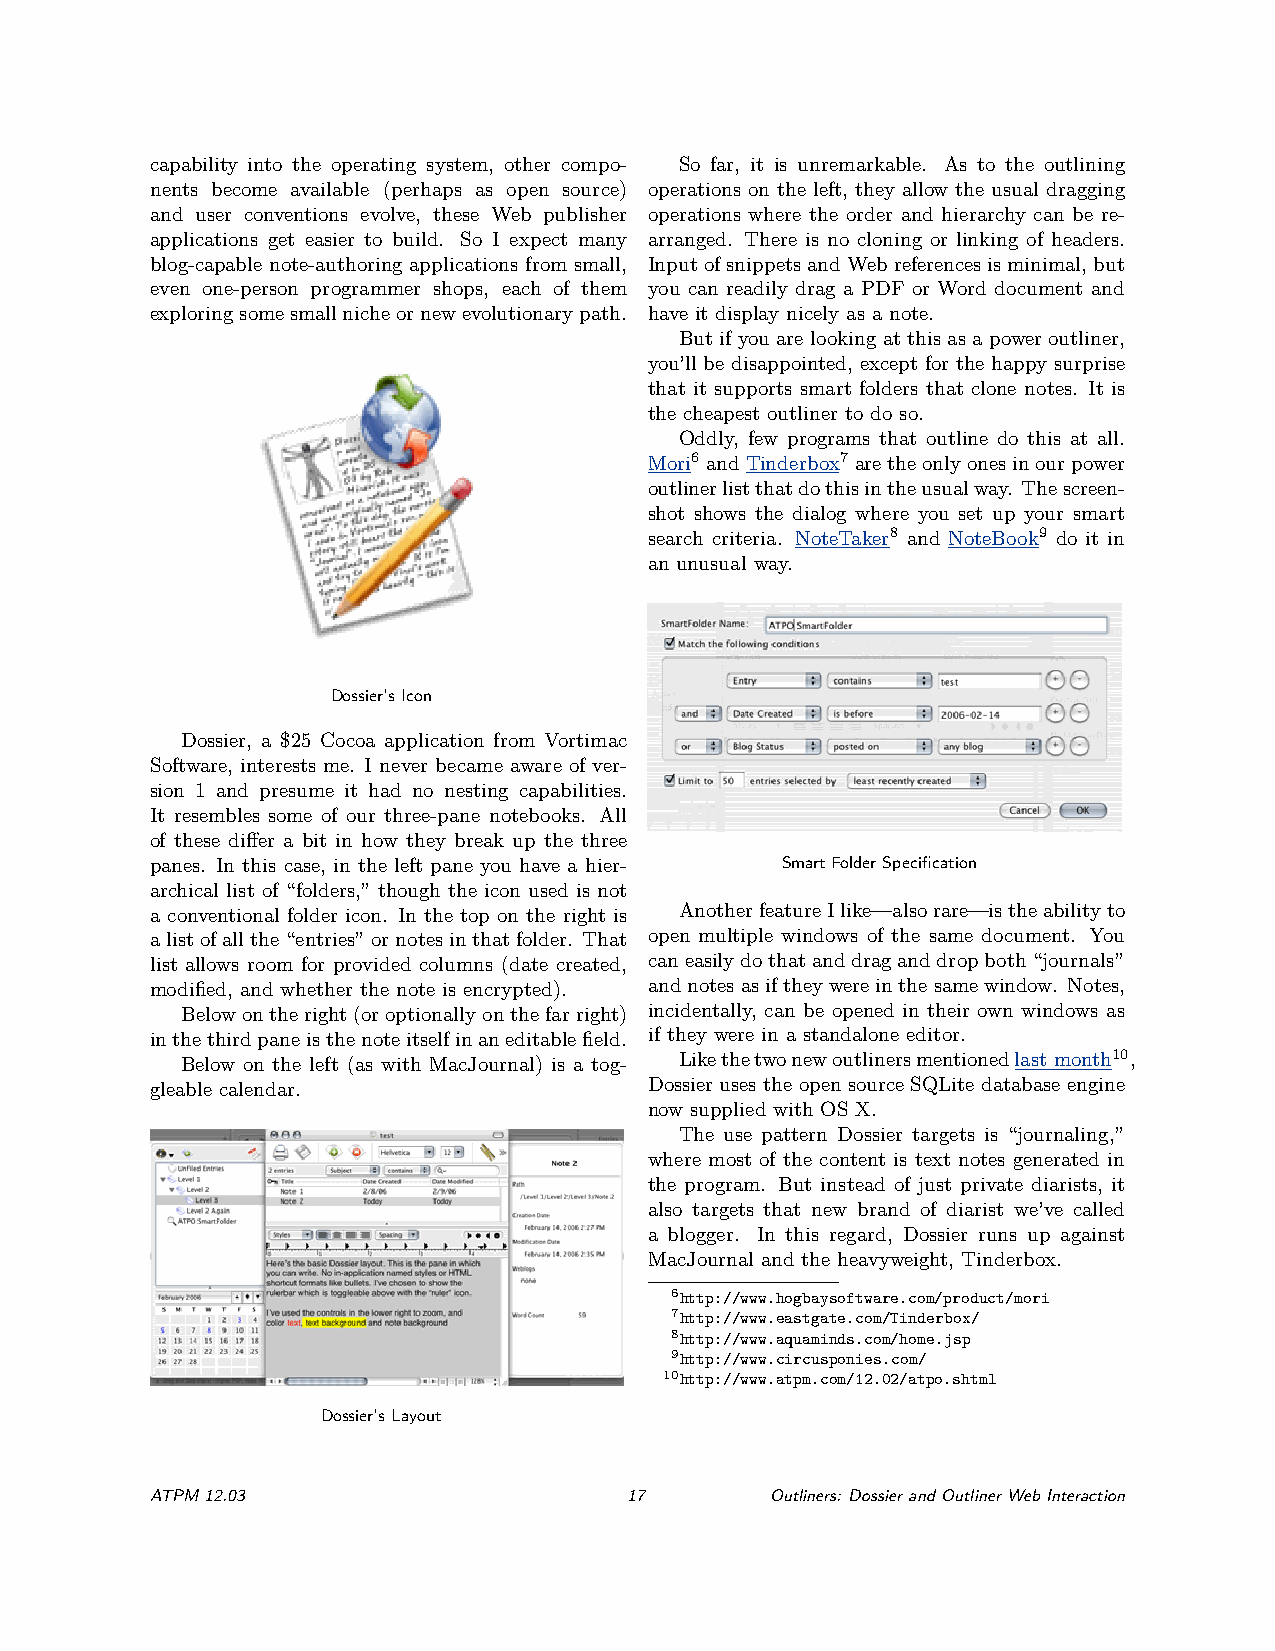
capability into the operating system, other compo- So far, it is unremarkable. As to the outlining
 nents become available (perhaps as open source) operations on the left, they allow the usual dragging
 and user conventions evolve, these Web publisher operations where the order and hierarchy can be re-
 applications get easier to build. So I expect many arranged. There is no cloning or linking of headers.
 blog-capable note-authoring applications from small, InputofsnippetsandWebreferencesisminimal,but
 even one-person programmer shops, each of them you can readily drag a PDF or Word document and
 exploringsomesmallnicheornewevolutionarypath. have it display nicely as a note.
 But if you are looking at this as a power outliner,
 you’ll be disappointed, except for the happy surprise
 that it supports smart folders that clone notes. It is
 the cheapest outliner to do so.
 Oddly, few programs that outline do this at all.
 Mori6 andTinderbox7 aretheonlyonesinourpower
 outlinerlistthatdothisintheusualway. Thescreen-
 shot shows the dialog where you set up your smart
 search criteria. NoteTaker8 and NoteBook9 do it in
 an unusual way.
 Dossier’sIcon
 Dossier, a $25 Cocoa application from Vortimac
 Software, interests me. I never became aware of ver-
 sion 1 and presume it had no nesting capabilities.
 It resembles some of our three-pane notebooks. All
 of these differ a bit in how they break up the three
 panes. In this case, in the left pane you have a hier- SmartFolderSpecification
 archical list of “folders,” though the icon used is not
 a conventional folder icon. In the top on the right is AnotherfeatureIlike—alsorare—istheabilityto
 alistofallthe“entries”ornotesinthatfolder. That open multiple windows of the same document. You
 list allows room for provided columns (date created, caneasilydothatanddraganddropboth“journals”
 modified, and whether the note is encrypted). andnotesasiftheywereinthesamewindow. Notes,
 Belowontheright(oroptionallyonthefarright) incidentally, can be opened in their own windows as
 inthethirdpaneisthenoteitselfinaneditablefield. if they were in a standalone editor.
 Below on the left (as with MacJournal) is a tog- Likethetwonewoutlinersmentionedlast month10,
 gleable calendar.                Dossier uses the open source SQLite database engine
 now supplied with OS X.
 The use pattern Dossier targets is “journaling,”
 where most of the content is text notes generated in
 the program. But instead of just private diarists, it
 also targets that new brand of diarist we’ve called
 a blogger. In this regard, Dossier runs up against
 MacJournal and the heavyweight, Tinderbox.
 6http://www.hogbaysoftware.com/product/mori
 7http://www.eastgate.com/Tinderbox/
 8http://www.aquaminds.com/home.jsp
 9http://www.circusponies.com/
 10http://www.atpm.com/12.02/atpo.shtml
 Dossier’sLayout
 ATPM12.03                       17       Outliners: DossierandOutlinerWebInteraction